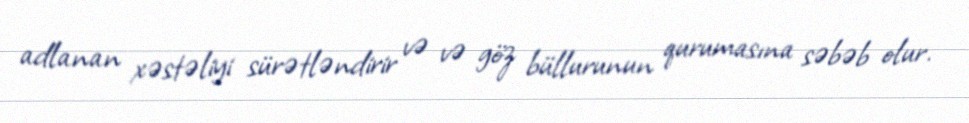
adlanan xəstəliyi sürətləndirir və və göz büllurunun qurumasına səbəb olur.